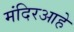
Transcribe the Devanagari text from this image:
मंदिरआहे